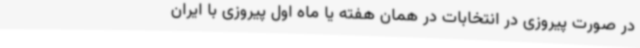
در صورت پیروزی در انتخابات در همان هفته یا ماه اول پیروزی با ایران